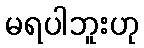
မရပါဘူးဟု